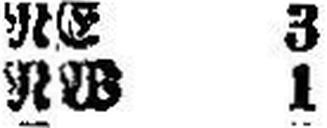
RW 1